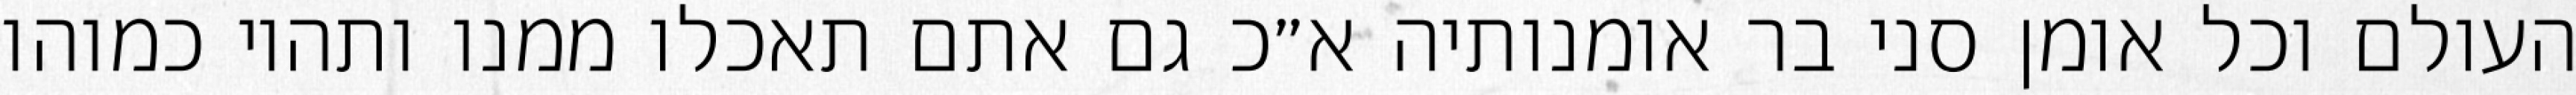
העולם וכל אומן סני בר אומנותיה א״כ גם אתם תאכלו ממנו ותהיו כמוהו